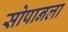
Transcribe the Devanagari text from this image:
सोपानला